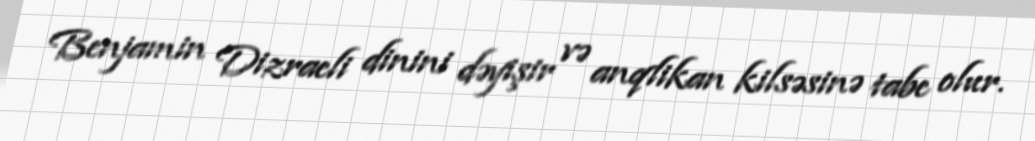
Benjamin Dizraeli dinini dəyişir və anqlikan kilsəsinə tabe olur.